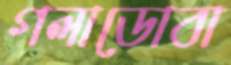
গলাডোবা